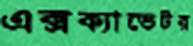
এক্সক্যাভেটর